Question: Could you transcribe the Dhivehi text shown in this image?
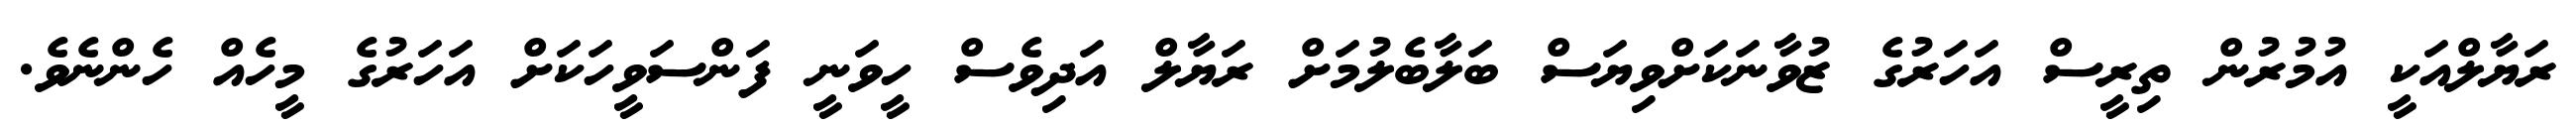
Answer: ރަޔާލްއަކީ އުމުރުން ތިރީސް އަހަރުގެ ޒުވާނަކަށްވިޔަސް ބަލާބެލުމަށް ރަޔާލް އަދިވެސް ހީވަނީ ފަންސަވީހަކަށް އަހަރުގެ މީހެއް ހެންނެވެ.